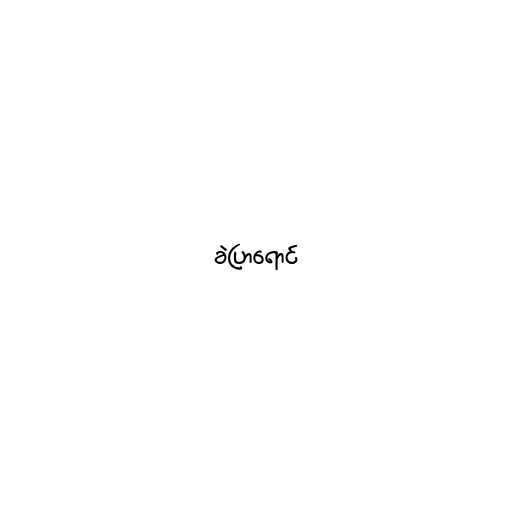
ခဲပြာရောင်